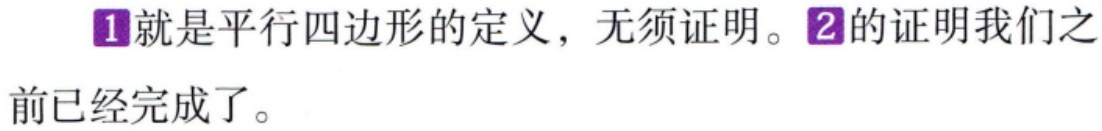
\textcircled{1}就是平行四边形的定义，无须证明。\textcircled{2}的证明我们之前已经完成了。